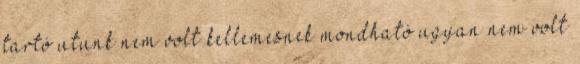
tartó utunk nem volt kellemesnek mondható ugyan nem volt